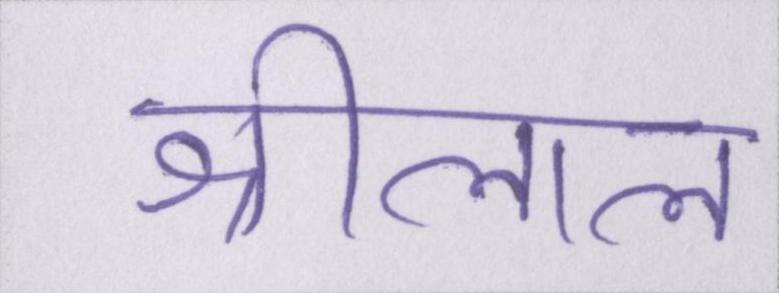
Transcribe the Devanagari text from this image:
श्रीलाल